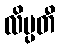
လိမ္ပတီ